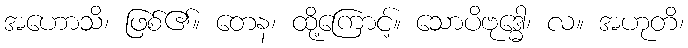
အဟောသိ၊ ဖြစ်၏။ တေန၊ ထို့ကြောင့်။ သောပိဗုဒ္ဓေါ၊ လ။ အဟုတိ၊